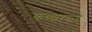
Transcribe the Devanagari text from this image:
कथ्थारंगाचे